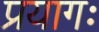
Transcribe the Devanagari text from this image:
प्रयागः